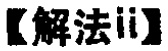
【解法ii】